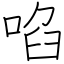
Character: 啗